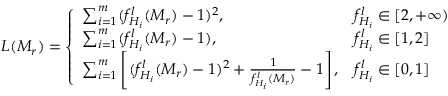
L ( \boldsymbol { M _ { r } } ) = \left\{ \begin{array} { l l } { \sum _ { i = 1 } ^ { m } ( f _ { \boldsymbol { H _ { i } } } ^ { l } ( \boldsymbol { M _ { r } } ) - 1 ) ^ { 2 } , } & { f _ { \boldsymbol { H _ { i } } } ^ { l } \in [ 2 , + \infty ) } \\ { \sum _ { i = 1 } ^ { m } ( f _ { \boldsymbol { H _ { i } } } ^ { l } ( \boldsymbol { M _ { r } } ) - 1 ) , } & { f _ { \boldsymbol { H _ { i } } } ^ { l } \in [ 1 , 2 ] } \\ { \sum _ { i = 1 } ^ { m } \left[ ( f _ { \boldsymbol { H _ { i } } } ^ { l } ( \boldsymbol { M _ { r } } ) - 1 ) ^ { 2 } + \frac { 1 } { f _ { \boldsymbol { H _ { i } } } ^ { l } ( \boldsymbol { M _ { r } } ) } - 1 \right] , } & { f _ { \boldsymbol { H _ { i } } } ^ { l } \in [ 0 , 1 ] } \end{array} \right.